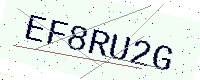
Text: EF8RU2G